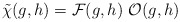
\begin{align*}\tilde \chi(g,h) = {\cal F}(g,h) \ {\cal O}(g,h)\end{align*}